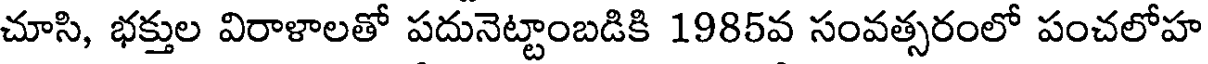
చూసి, భక్తుల విరాళాలతో పదునెట్టాంబడికి 1985వ సంవత్సరంలో పంచలోహ